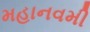
મહાનવમી